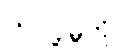
တင်ပို့မှုကို